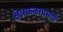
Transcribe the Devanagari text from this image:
क्षेत्रफळाप्रमाणे